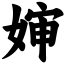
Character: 婶